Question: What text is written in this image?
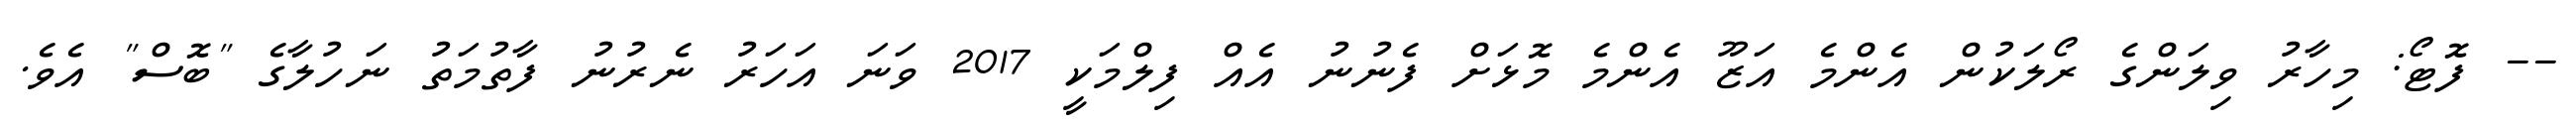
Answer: -- ފޮޓޯ: މިހާރު ވިލަންގެ ރޯލަކުން އެންމެ އަޒޫ އެންމެ މޮޅަށް ފެނުނު އެއް ފިލްމަކީ 2017 ވަނަ އަހަރު ނެރުނު ފާތުމަތު ނަހުލާގެ "ބޮސް" އެވެ.